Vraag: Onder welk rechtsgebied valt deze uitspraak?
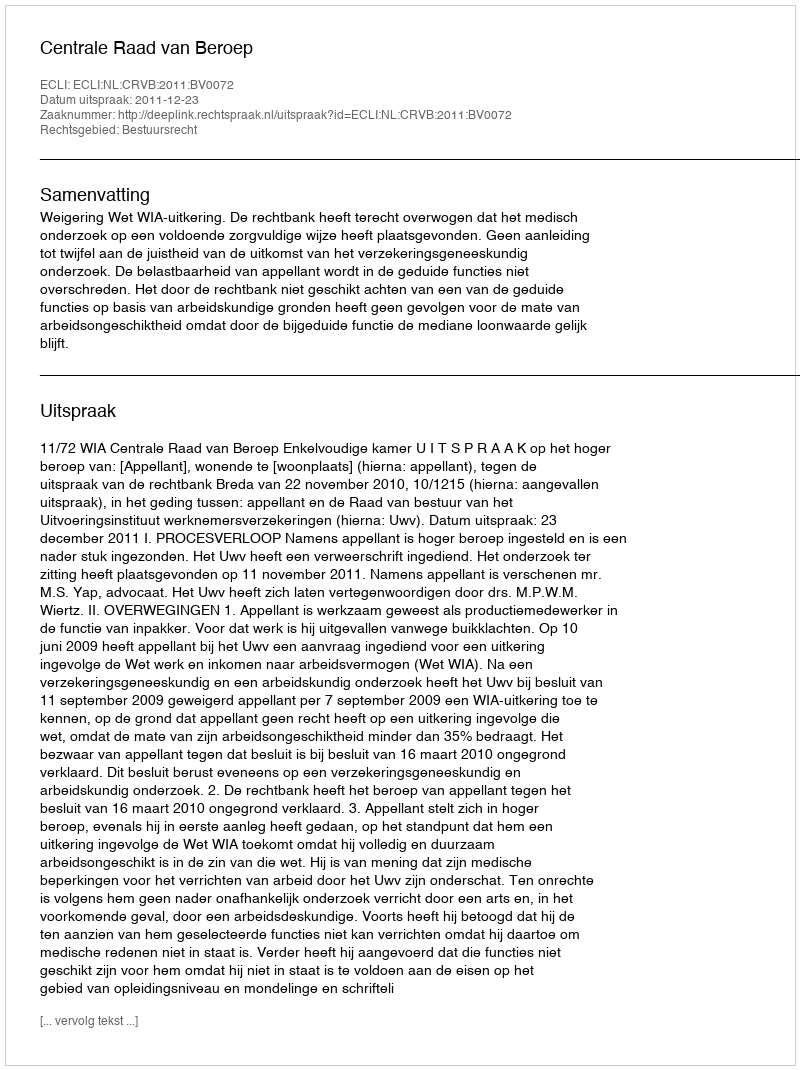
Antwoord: Bestuursrecht